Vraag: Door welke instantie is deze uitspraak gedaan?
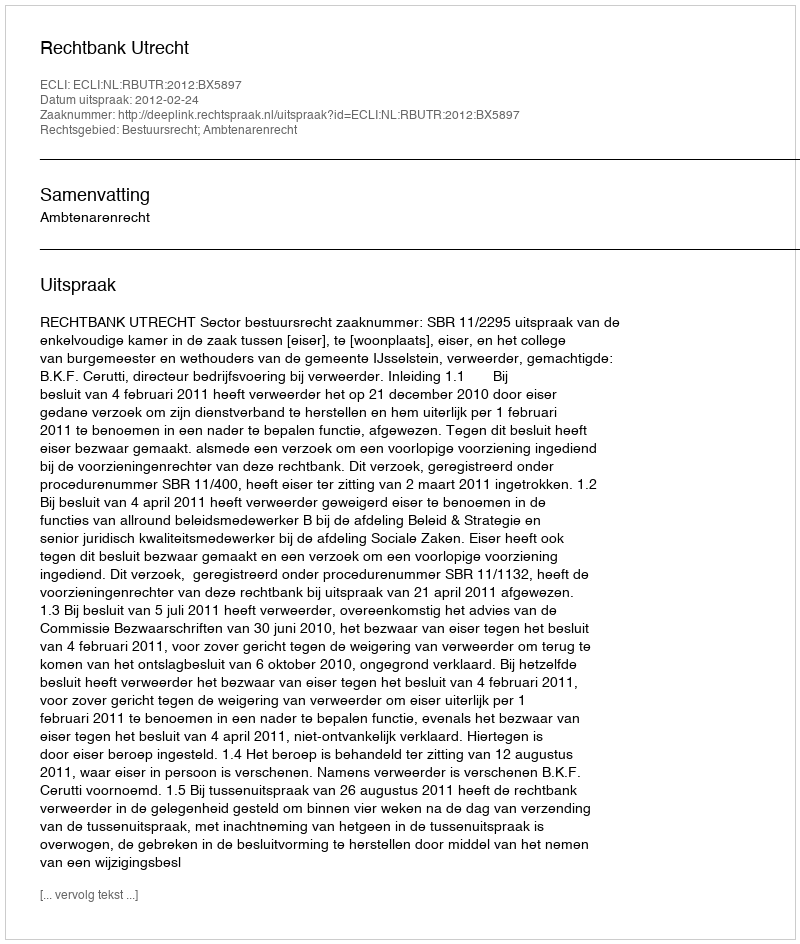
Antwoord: Rechtbank Utrecht